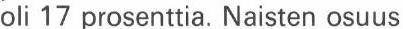
oli 17prosenttia. Naisten osuus